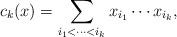
LaTeX: \begin{align*}c_k(x) = \sum_{i_1<\cdots < i_k} x_{i_1}\cdots x_{i_k},\end{align*}